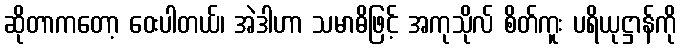
ဆိုတာကတော့ ဝေးပါတယ်၊ အဲဒါဟာ သမာဓိဖြင့် အကုသိုလ် စိတ်ကူး ပရိယုဋ္ဌာန်ကို